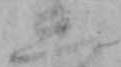
三